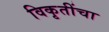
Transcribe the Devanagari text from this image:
विकृतींचा